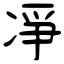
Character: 凈